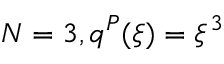
N = 3 , q ^ { P } ( \xi ) = \xi ^ { 3 }